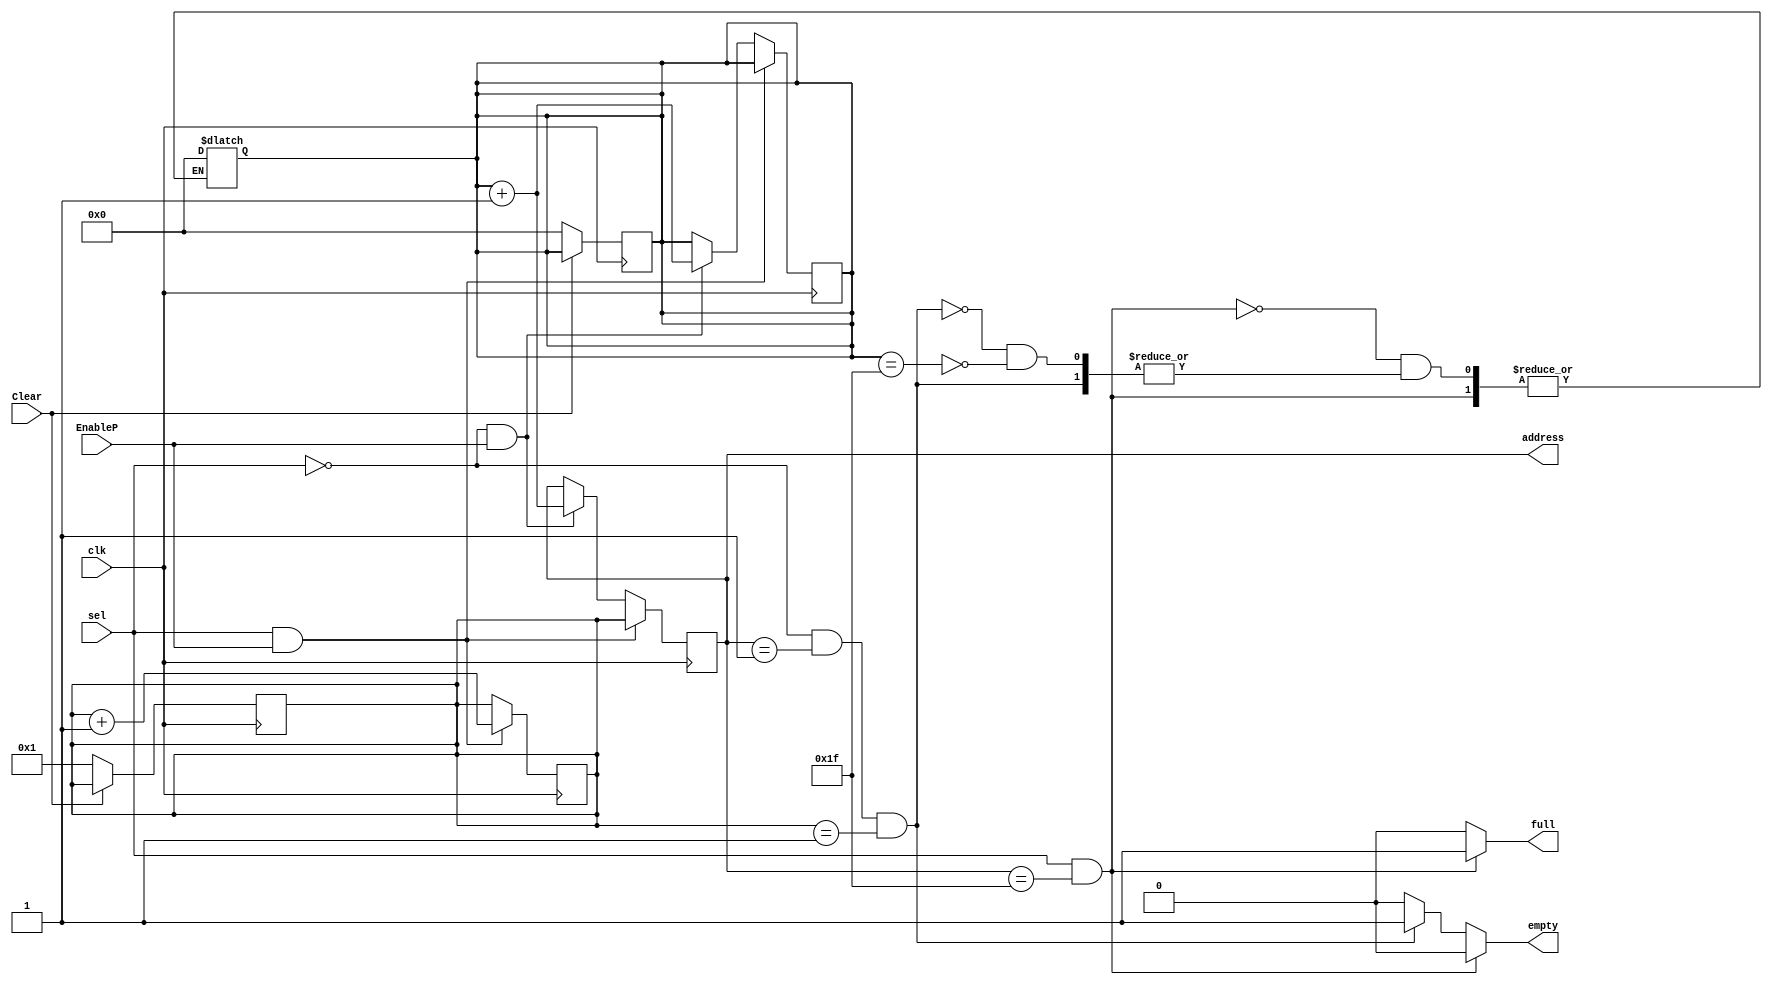
`timescale 1ns / 1ps
//////////////////////////////////////////////////////////////////////////////////
// Company: NITH
// 
// Design Name: FSM based FIFO architecture
// Module Name: POINTER
// Project Name: FSM based FIFO architecture
// Target Devices: SPARTAN-3
// Tool Versions: 2020.1
// Description: a multiplexer based pointer circuit to point at address
//              location of FIFO ram. Multiplexer is responsible for
//              selecting the address for write or read based on the control
//              signal from Controller.
// 
// Dependencies: 
// 
// Revision:
// Revision 0.01 - File Created
// Additional Comments:
// 
//////////////////////////////////////////////////////////////////////////////////


module POINTER #(parameter add_width= 4) (
    output wire [add_width:0] address,
    output reg empty,
    output reg full, 
    input wire sel,
    input wire Clear,
    input wire EnableP,
    input wire clk
    );

    reg [add_width:0] write_pointer;
    reg [add_width:0] read_pointer;
    reg [add_width:0] LatchedAddress;

    //this always block checks for Clear logic.
    always @(posedge clk) begin
        

        //-> error:  multi-driven nets during synthesis in FPGA.
        //-> a wire should not be driven by multiple sources like here
        //-> it was driven in two separate always block.
        //full= 1'b0;
        //empty= 1'b0;

        //active low clear logic
        if (!Clear) begin
            write_pointer<= 5'b0_0001;  //leaving one memory location for
                                        //simplicity purpose.
            read_pointer<= 5'b0_0000;

        end
    end

    //this always block is checking for  write full and read empty cases.
    always@(LatchedAddress) begin

        full=   1'b0;       //@ initially making status registers zero.
        empty=  1'b0;

        //latched address is 0x11111, so if it chosen for write then full flag
        //should be made high.
        if(sel== 1'b1 && LatchedAddress== 5'b1_1111)
            full= 1'b1;

        //latched address is 0x11111, so if it is not chosen to write then
        //the ram is empty.(!sel) means it is chosen to read.
        else if(sel== 1'b0 && LatchedAddress== 5'b0_0001 && write_pointer== 5'b0_0001)
            empty= 1'b1;

        //after reading the complete FIFO the read pointer is at last location
        //then read pointer is again sent to first memory location.
        else if (read_pointer== 5'b1_1111)
            read_pointer<= 5'b0_0000;

    end

    //this always block is latching address for reading and writing
    //and updating the pointer when enable.
    always @(posedge clk) begin

        //address latching for write operation
        if (sel== 1'b1 && EnableP== 1'b1) begin
            LatchedAddress= write_pointer;

            //updating write pointer
            write_pointer= write_pointer + 5'b0_0001;
        end

        //address latching for read operation
        else if(sel== 1'b0 && EnableP== 1'b1) begin
            //updating read pointer first because it started from 
            //memory location 0x0_0000 which is reserved location.
            read_pointer= read_pointer+5'b0_0001;
            
            LatchedAddress= read_pointer;
        end
    end

    //address bus driven by Latch
    assign address= LatchedAddress;

endmodule